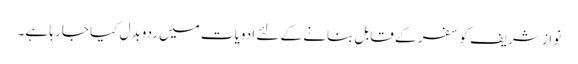
نواز شریف کو سفر کے قابل بنانے کے لئے ادویات میں ردوبدل کیا جا رہا ہے۔